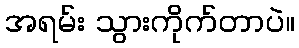
အရမ်း သွားကိုက်တာပဲ။